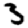
Digit: 3